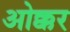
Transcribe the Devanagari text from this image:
ओक्कर